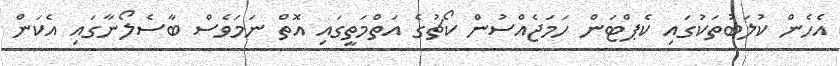
އެހެން ކުލަބުތަކުގައި ކެޕްޓަން ހަމަޖެއްސުން ކޯޗުގެ އަތްމަތީގައި އޮތް ނަމަވެސް ބާސެލޯނާގައި އެކަން